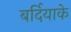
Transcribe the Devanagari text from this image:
बर्दियाके